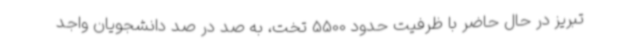
تبریز در حال حاضر با ظرفیت حدود 5500 تخت، به صد در صد دانشجویان واجد